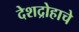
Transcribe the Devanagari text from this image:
देशद्रोहाचे